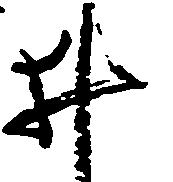
井